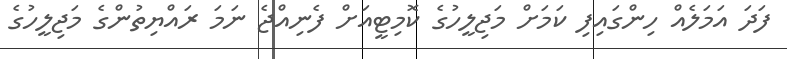
ފަދަ އަމަލެއް ހިންގައިފި ކަމަށް މަޖިލީހުގެ ކޮމިޓީއަށް ފެނިއްޖެ ނަމަ ރައްޔިތުންގެ މަޖިލީހުގެ